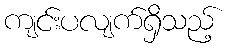
ကျင်းပလျက်ရှိသည့်